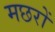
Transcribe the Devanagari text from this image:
मछरों